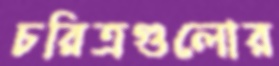
চরিত্রগুলোর